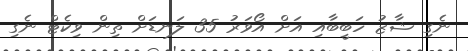
ނެގި ޝާޒު ހަބީބާއި އަށް އޯވަރު 35 ލަނޑަށް ތިން ވިކެޓް ނެގި